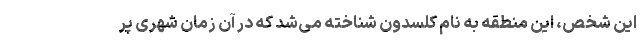
این شخص، این منطقه به نام کلسدون شناخته می‌شد که در آن زمان شهری پر